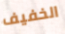
الخفيف